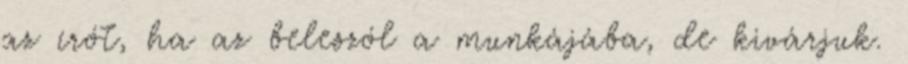
az írót, ha az beleszól a munkájába, de kivárjuk.